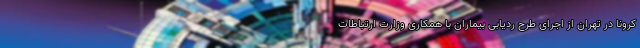
کرونا در تهران از اجرای طرح ردیابی بیماران با همکاری وزارت ارتباطات